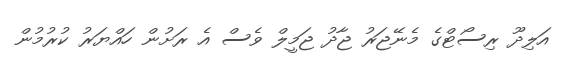
އަލިދޫ ރިސޯޓްގެ މެނޭޖަރު ޖާދު ޖަމީލް ވެސް އެ ރަށުން ހައްޔަރު ކުރުމުން